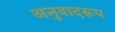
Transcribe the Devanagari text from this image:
अनुवादरूप